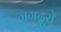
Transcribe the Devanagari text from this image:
जगद्गुरो